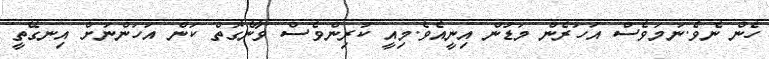
ހެން ނެވެ.ނަމަވެސް އަހަރެން މަޑުން އިނީއެވެ.މިއީ ކުރިންވެސް ވާނެގޮތް ކަން އަހަންނަށް އިނގޭތީ